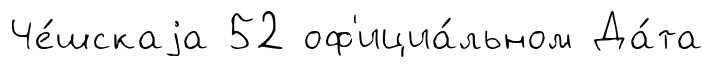
Че́шскаjа 52 оф'ициа́льном Да́та